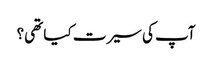
آپ کی سیرت کیا تھی؟